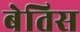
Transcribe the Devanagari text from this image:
बेतिस